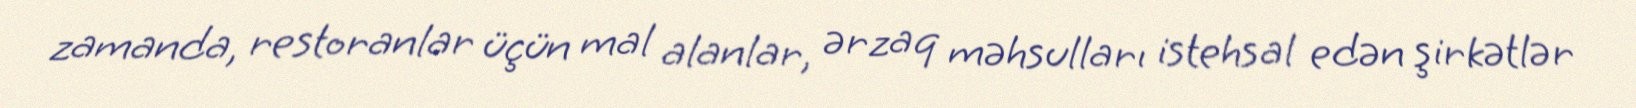
zamanda, restoranlar üçün mal alanlar, ərzaq məhsulları istehsal edən şirkətlər